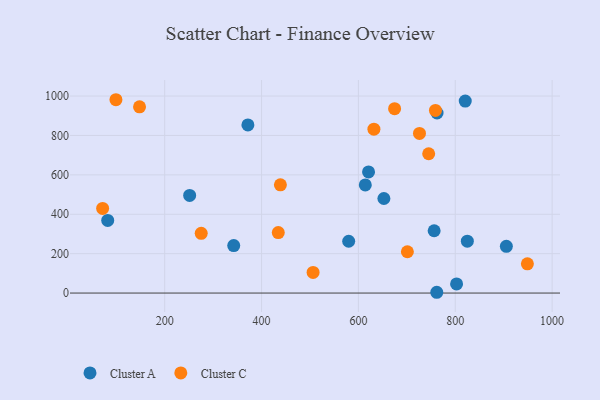
{"axis": {"x": "Study Hours", "y": "Exam Score"}, "legend": ["Cluster A", "Cluster C"], "data": [{"x": "371.8", "y": 853.3, "type": "Cluster A"}, {"x": "761.8", "y": 4.0, "type": "Cluster A"}, {"x": "762.4", "y": 913.9, "type": "Cluster A"}, {"x": "820.6", "y": 974.4, "type": "Cluster A"}, {"x": "251.5", "y": 495.6, "type": "Cluster A"}, {"x": "756.4", "y": 316.3, "type": "Cluster A"}, {"x": "824.9", "y": 263.6, "type": "Cluster A"}, {"x": "614.2", "y": 548.7, "type": "Cluster A"}, {"x": "802.7", "y": 46.5, "type": "Cluster A"}, {"x": "620.9", "y": 614.8, "type": "Cluster A"}, {"x": "342.5", "y": 241.2, "type": "Cluster A"}, {"x": "905.5", "y": 237.0, "type": "Cluster A"}, {"x": "579.9", "y": 263.0, "type": "Cluster A"}, {"x": "652.6", "y": 480.0, "type": "Cluster A"}, {"x": "82.3", "y": 368.8, "type": "Cluster A"}, {"x": "632.0", "y": 831.8, "type": "Cluster C"}, {"x": "948.9", "y": 148.6, "type": "Cluster C"}, {"x": "726.1", "y": 810.2, "type": "Cluster C"}, {"x": "759.1", "y": 927.0, "type": "Cluster C"}, {"x": "71.8", "y": 429.5, "type": "Cluster C"}, {"x": "99.3", "y": 981.4, "type": "Cluster C"}, {"x": "506.4", "y": 104.7, "type": "Cluster C"}, {"x": "745.1", "y": 707.1, "type": "Cluster C"}, {"x": "275.4", "y": 303.3, "type": "Cluster C"}, {"x": "148.0", "y": 945.4, "type": "Cluster C"}, {"x": "674.7", "y": 936.1, "type": "Cluster C"}, {"x": "438.9", "y": 549.2, "type": "Cluster C"}, {"x": "434.5", "y": 306.8, "type": "Cluster C"}, {"x": "701.1", "y": 209.6, "type": "Cluster C"}]}